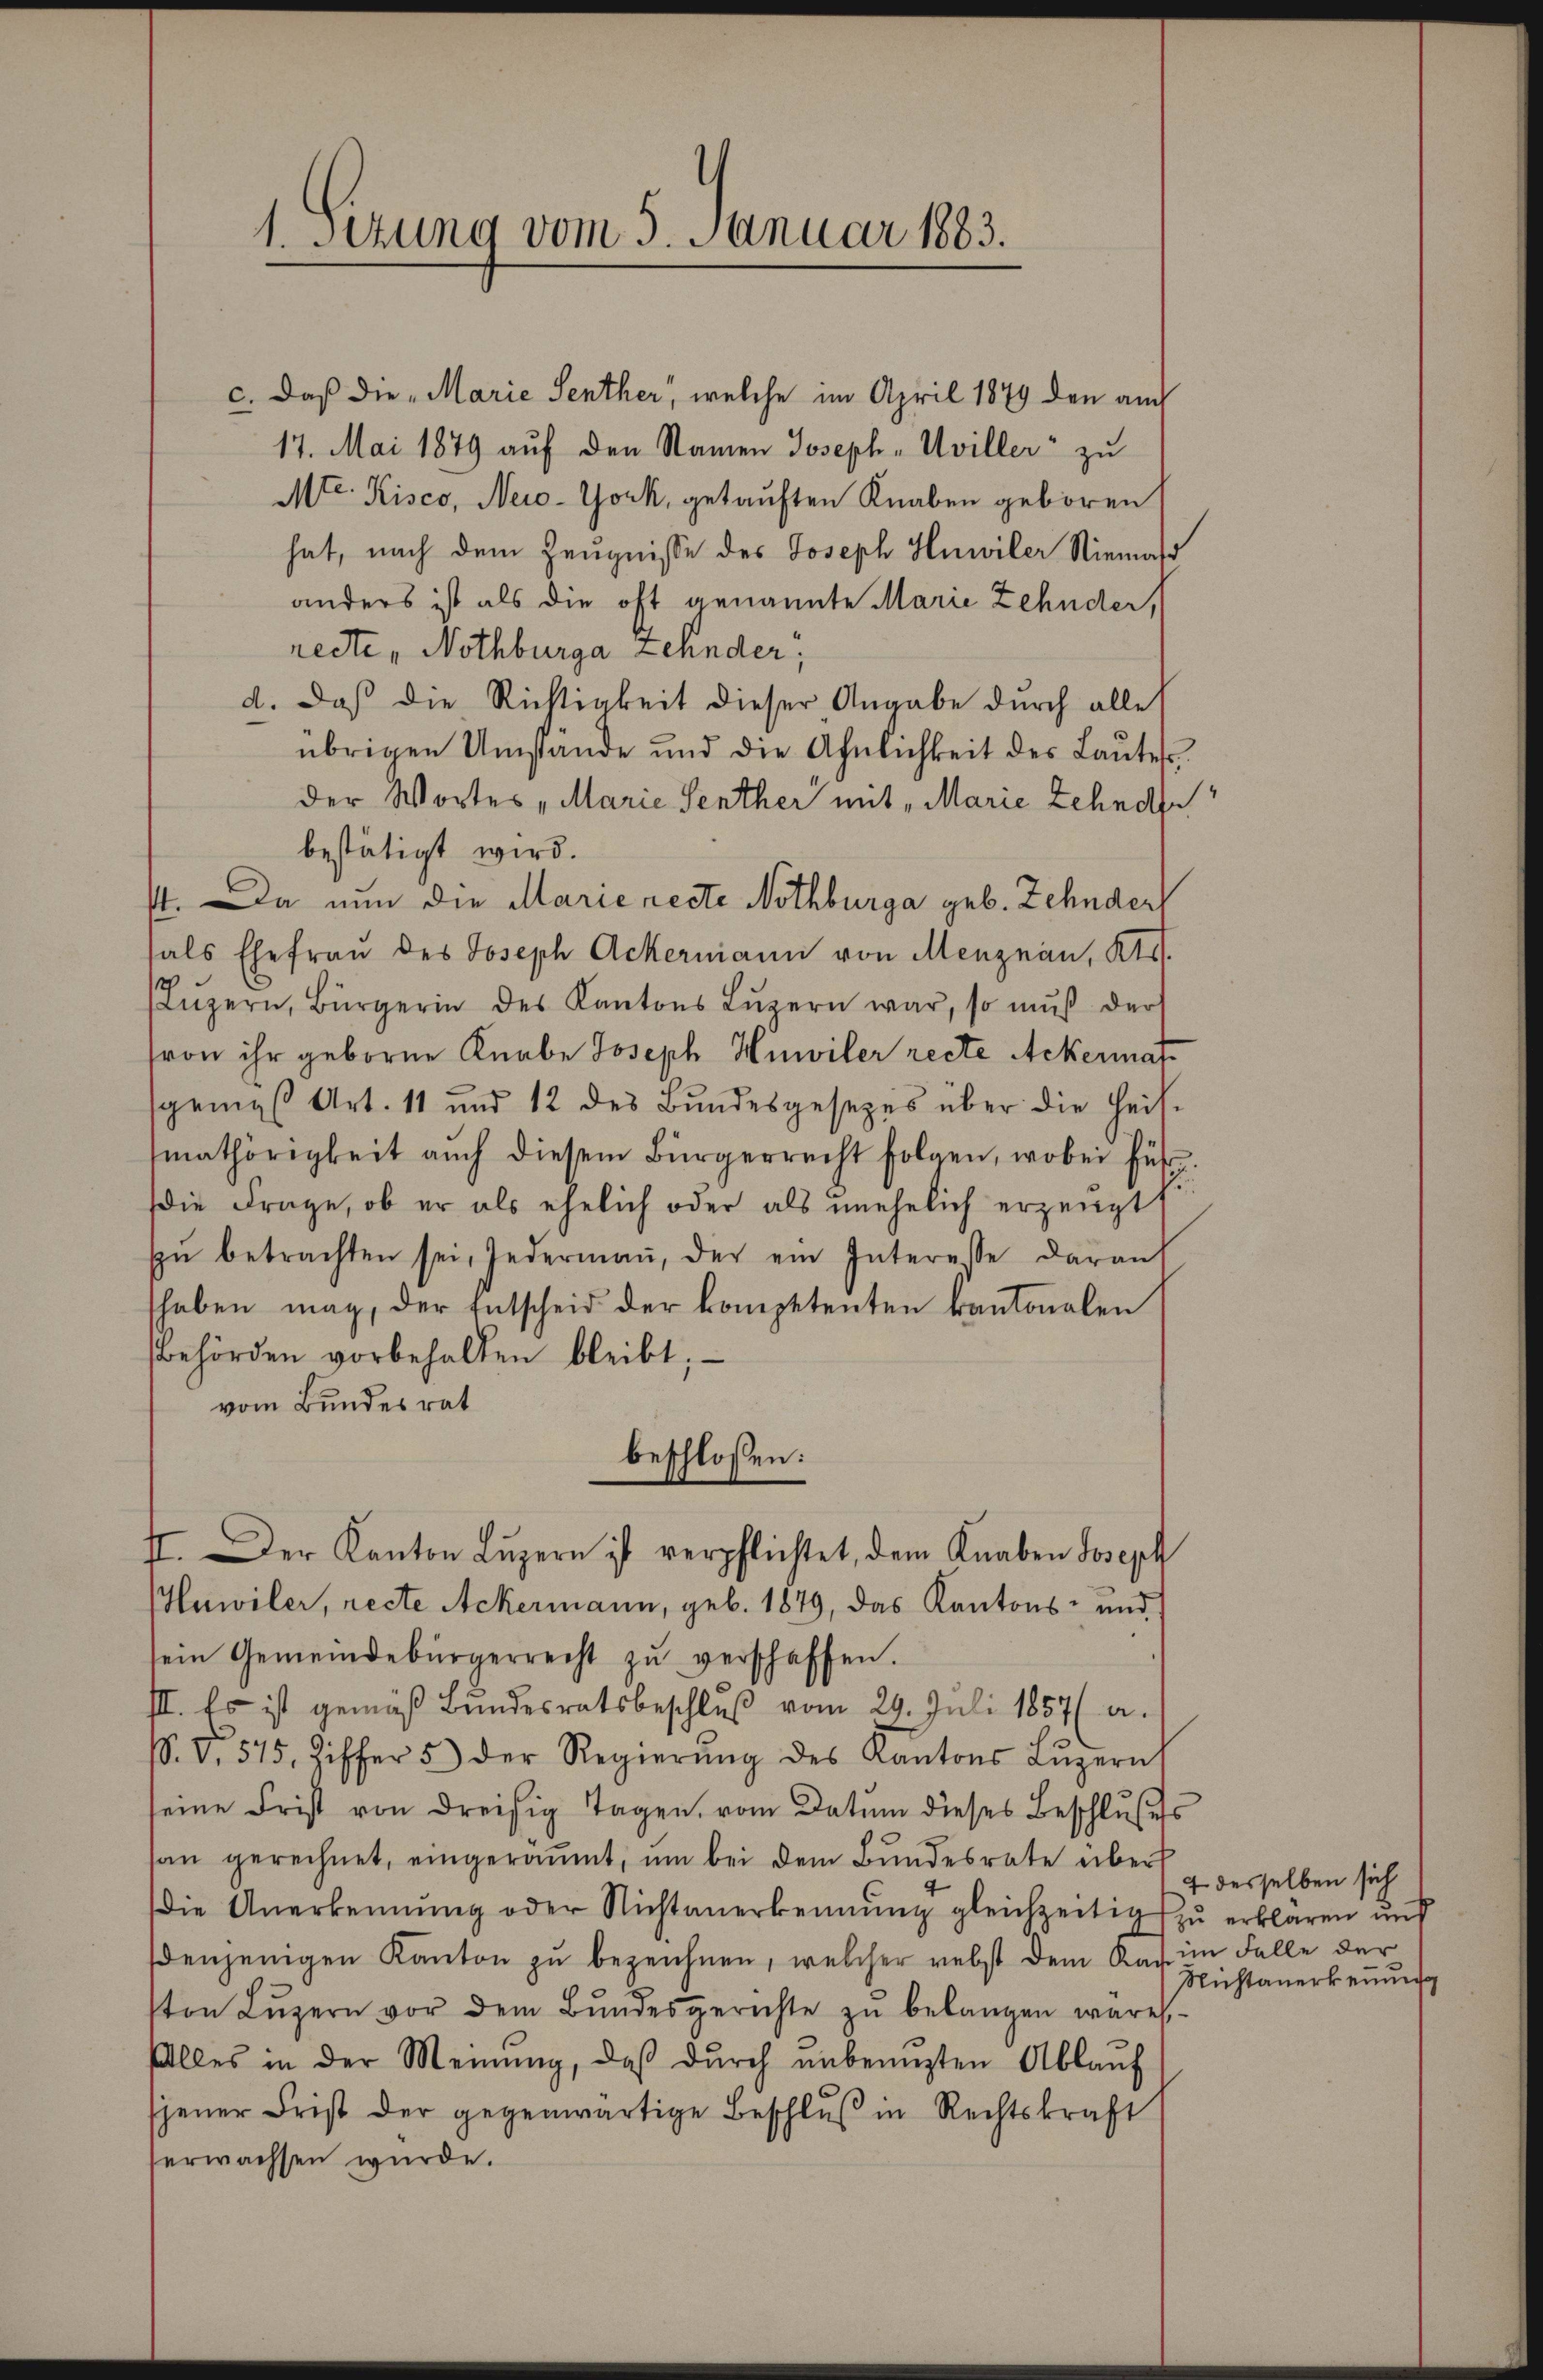
1. sezung vom 5. Januar 1883.

c. daß die „Marie Senther, welche im April 1879 den auch
17. Mai 1879 auf den Namen Joseph „Uviller zu
Mte. Kisco, Neio-York, getauften Knaben geboren
hat, nach dem Zeugnisse des Joseph Hnwiler Niemals
anders ist als die oft genannte Marie Zehnder,
recte, Nothburga Zehnder
d. Daß die Richtigkeit dieser Angabe durch alle
übrigen Umstände und die Ähnlichkeit des Lautes,
der Wortes „Marie Senther mit „Marie Zehnde
bestätigt wird.
4. Da nun die Marie recte Nothburga geb. Zehndert
sals Ehefrau des Joseph Ackermann von Menznau, Kts.
Lŭzern, Bürgerin des Kantons Lŭzern war, so mŭβ der
von ihr geborne Knabe Joseph Hmwiler recte Ackermat
sgemes Art. 11 und 12 des Bŭndesgesezes über die Heis-
mathörigkeit auch diesem Bürgerrecht folgen, wobei führ
die Frage, ob er als ehelich oder als unehelich erzeugt
Eŭ betrachten sei, jedermaṅ, der ein Interesse darauf
haben mag, der Entscheid der kompetenten kantonalen
Behörden vorbehalten bleibt; —
vom Bundesrat
beschlossen:
II. Der Kanton Luzern ist verpflichtet, dem Knaben Joseph
Huwiler, recte Ackermann, geb. 1879, das Kantons- und
sein Gemeindebürgerrecht zŭ verschaffen.
III. Es ist gemäß Bŭndesratsbeschlŭβ vom 29. Juli 1857 (a.
S. V. 575. Ziffer 5) der Regierŭng des Kantons Lŭzern
seine Frist von dreisig Tagen, vom Datum dieses Beschlußes
an gerechnet, eingeräumt, um bei dem Bundesrate über derselben sich
die Anerkennung oder Nichtanerkennung gleichzeitig zu erklären und
denjenigen Kanton zŭ bezeichnen, welcher nebst dem Rath im Falle der
ton Lŭzern vor dem Bŭndesgerichte zŭ belangen wäre
falles in der Meinŭng, daß durch unbenuzten Ablaŭf
jener Frist der gegenwärtige Beschlŭβ in Rechtskraft
erwachsen wurde.

Nichtanerkennung